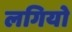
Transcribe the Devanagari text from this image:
लगियो